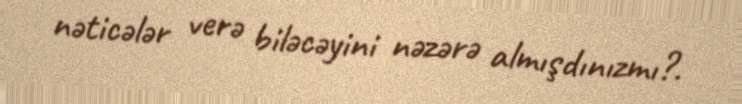
nəticələr verə biləcəyini nəzərə almışdınızmı?.